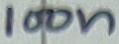
Text: 100n